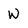
Character: W